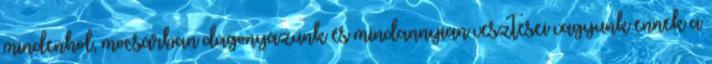
mindenhol, mocsárban dagonyázunk és mindannyian vesztesei vagyunk ennek a